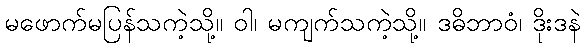
မဖောက်မပြန်သကဲ့သို့။ ဝါ၊ မကျက်သကဲ့သို့။ ဒဓိဘာဝံ၊ ဒိုးဒနဲ